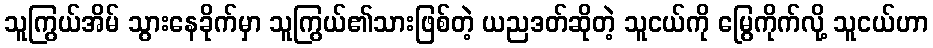
သူကြွယ်အိမ် သွားနေခိုက်မှာ သူကြွယ်၏သားဖြစ်တဲ့ ယညဒတ်ဆိုတဲ့ သူငယ်ကို မြွေကိုက်လို့ သူငယ်ဟာ